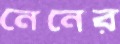
নেনের